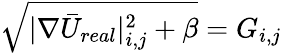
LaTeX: \sqrt{|\nabla\bar{U}_{real}|_{i,j}^{2}+\beta}=G_{i,j}